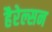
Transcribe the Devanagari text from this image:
हैरेल्सन